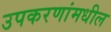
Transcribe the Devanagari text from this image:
उपकरणांमधील